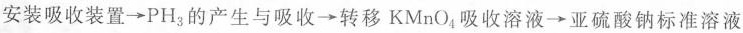
安装吸收装置\rightarrow PH_{3}的产生与吸收\rightarrow 转移KMnO_{4}吸收溶液\rightarrow 亚硫酸钠标准溶液